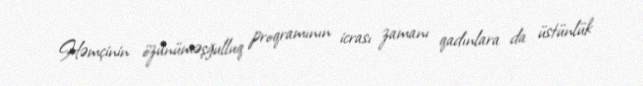
Həmçinin özünüməşğulluq proqramının icrası zamanı qadınlara da üstünlük